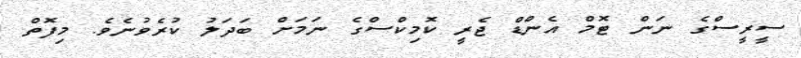
ސީރީސްގެ ނަން ޓޮމް އެންޑް ޖެރީ ކޮމިކްސްގެ ނަމަށް ބަދަލު ކުރެވުނެވެ. މިފޮތް